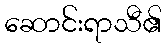
ဆောင်းရာသီ၏